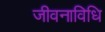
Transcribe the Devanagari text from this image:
जीवनाविधि